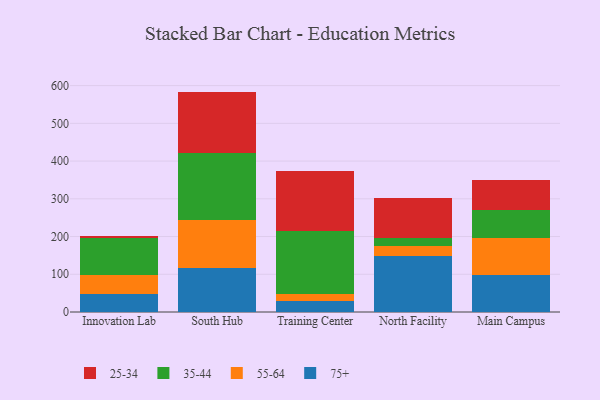
{"axis": {"x": "Campus", "y": "Net Income (USD K)"}, "legend": ["25-34", "35-44", "55-64", "75+"], "data": [{"x": "Innovation Lab", "y": 46.8, "type": "75+"}, {"x": "Innovation Lab", "y": 50.0, "type": "55-64"}, {"x": "Innovation Lab", "y": 100.5, "type": "35-44"}, {"x": "Innovation Lab", "y": 5.0, "type": "25-34"}, {"x": "South Hub", "y": 115.3, "type": "75+"}, {"x": "South Hub", "y": 127.5, "type": "55-64"}, {"x": "South Hub", "y": 177.8, "type": "35-44"}, {"x": "South Hub", "y": 163.5, "type": "25-34"}, {"x": "Training Center", "y": 28.2, "type": "75+"}, {"x": "Training Center", "y": 20.5, "type": "55-64"}, {"x": "Training Center", "y": 165.5, "type": "35-44"}, {"x": "Training Center", "y": 158.5, "type": "25-34"}, {"x": "North Facility", "y": 147.4, "type": "75+"}, {"x": "North Facility", "y": 26.6, "type": "55-64"}, {"x": "North Facility", "y": 22.9, "type": "35-44"}, {"x": "North Facility", "y": 105.0, "type": "25-34"}, {"x": "Main Campus", "y": 97.4, "type": "75+"}, {"x": "Main Campus", "y": 98.6, "type": "55-64"}, {"x": "Main Campus", "y": 73.7, "type": "35-44"}, {"x": "Main Campus", "y": 79.3, "type": "25-34"}]}